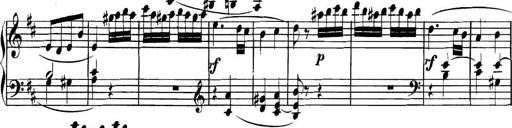
Title: Collected Piano Sonatas
Composer: Muzio Clementi